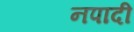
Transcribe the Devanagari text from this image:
नपादी